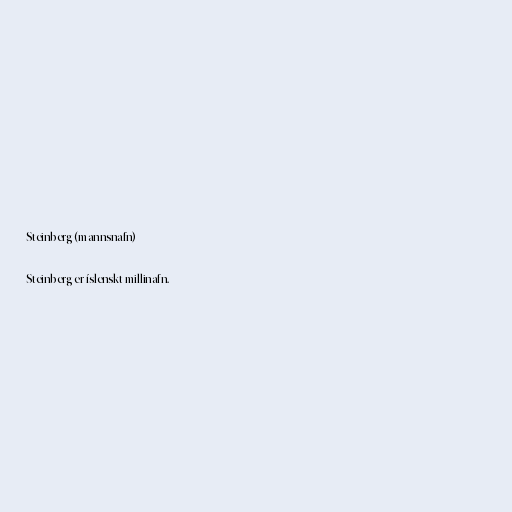
Steinberg (mannsnafn)

Steinberg er íslenskt millinafn.